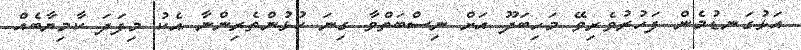
އަޅުގަނޑުމެން ފަހުރުވެރިވޭ މަހިބަދޫ އަށް ނިސްބަތްވާ ގިނަ ކުޅުންތެރިންނާ އެކު މިފަދަ ކާމިޔާބެއް